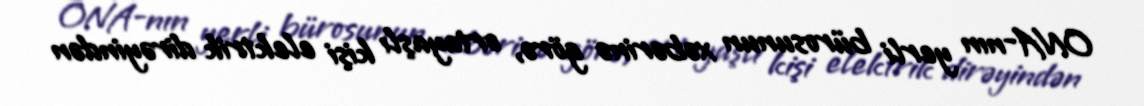
ONA-nın yerli bürosunun xəbərinə görə, ortayaşlı kişi elektrik dirəyindən